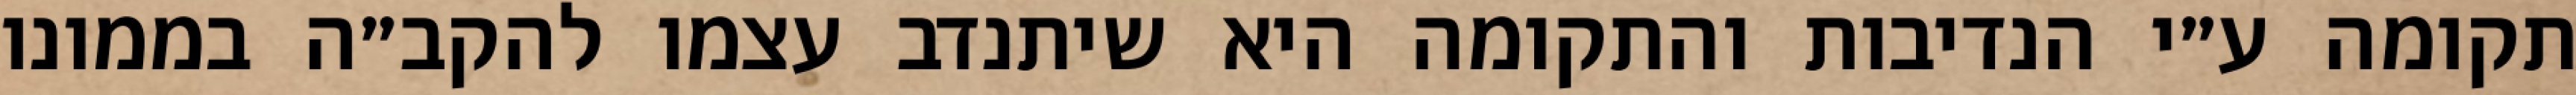
תקומה ע״י הנדיבות והתקומה היא שיתנדב עצמו להקב״ה בממונו